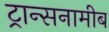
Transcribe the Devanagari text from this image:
ट्रान्सनामीब